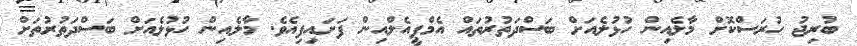
ބުރިޖު ހުރަސްކޮށް މާލެއިން ހުޅުލެއަށް ބަސްދަތުރުތައް އެމްޕީއެލްއިން ފަށައިފިއެވެ. މާލެއިން ހުޅުލެއަށް ބަސްދަތުރުތަށް